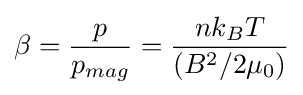
\beta ={\frac {p}{p_{mag}}}={\frac {nk_{B}T}{(B^{2}/2\mu _{0})}}